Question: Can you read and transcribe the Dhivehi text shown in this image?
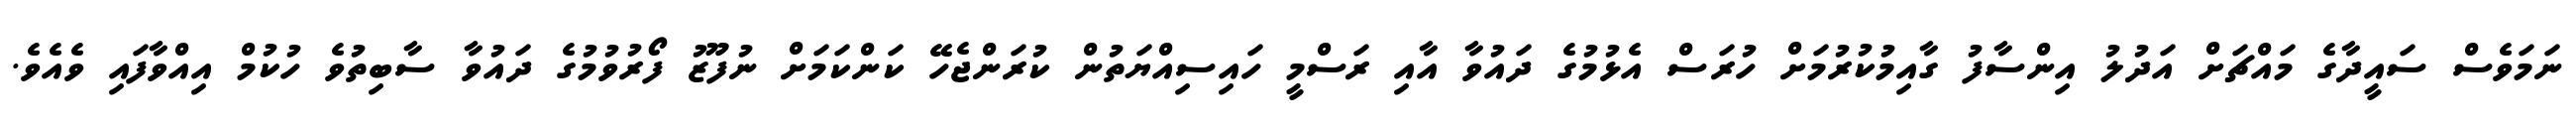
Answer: ނަމަވެސް ސައީދާގެ މައްޗަށް އަދުލު އިންސާފު ގާއިމުކުރުމަށް ހުރަސް އެޅުމުގެ ދައުވާ އާއި ރަސްމީ ހައިސިއްޔަތުން ކުރަންޖެހޭ ކަންކަމަށް ނުފޫޒު ފޯރުވުމުގެ ދައުވާ ސާބިތުވެ ހުކުމް އިއްވާފައި ވެއެވެ.